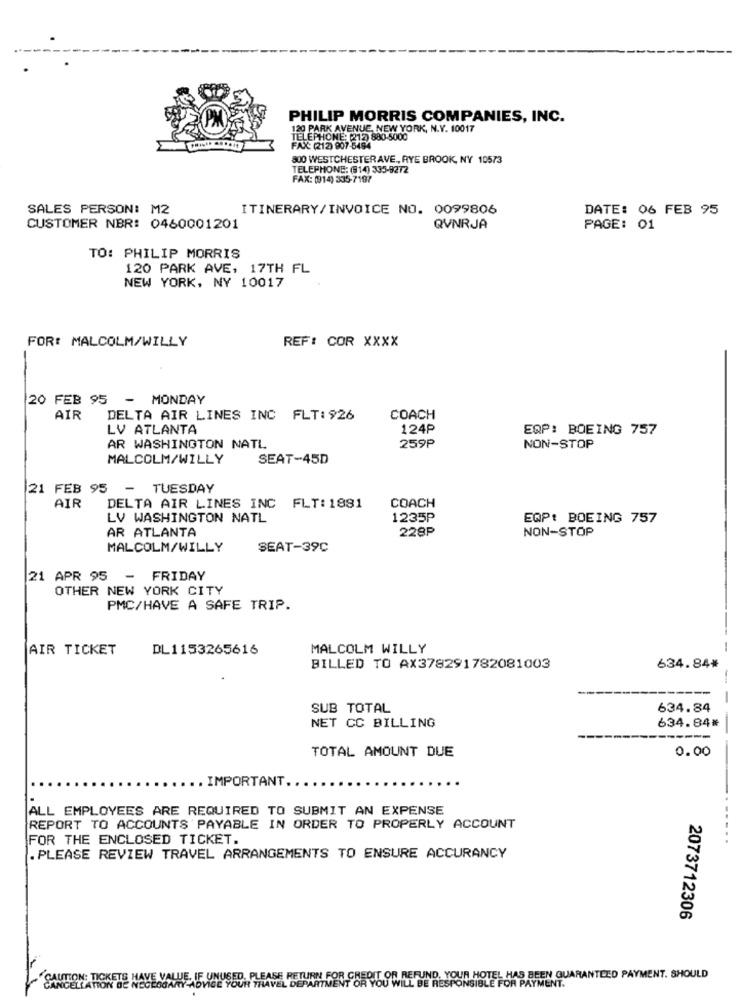
PHILIP MORRIS COMPANIES, INC.
120 PARK AVENUE, NEW YORK, N.Y. 10017
TELEPHONE: (212) 880-5000
FAX: (212) 907-5494
800 WESTCHESTERAVE ., RYE BROOK, NY 10573
TELEPHONE: (914) 335-9272
FAX: (914) 335-7197
SALES PERSON: M2
ITINERARY/INVOICE NO. 0099806
DATE: 06 FEB 95
CUSTOMER NBR: 0460001201
QVNRJA
PAGE: 01
TO: PHILIP MORRIS
120 PARK AVE, 17TH FL
NEW YORK, NY 10017
FOR: MALCOLM/WILLY
REF: COR XXXX
20 FEB 95 - MONDAY
AIR
DELTA AIR LINES INC FLT: 926
COACH
LV ATLANTA
124P
EQP: BOEING 757
AR WASHINGTON NATL
259P
NON-STOP
MALCOLM/WILLY
SEAT-45D
21 FEB 95
- TUESDAY
AIR
DELTA AIR LINES INC FLT: 1981
COACH
LV WASHINGTON NATL
1235P
EQP: BOEING 757
AR ATLANTA
228P
NON-STOP
MALCOLM/WILLY
SEAT-39C
21 APR 95 - FRIDAY
OTHER NEW YORK CITY
PMC/HAVE A SAFE TRIP.
AIR TICKET
DL1153265616
MALCOLM WILLY
BILLED TO AX378291782081003
634.84*
SUB TOTAL
634.84
NET CC BILLING
634.84*
TOTAL AMOUNT DUE
0.00
. IMPORTANT.
ALL EMPLOYEES ARE REQUIRED TO SUBMIT AN EXPENSE
REPORT TO ACCOUNTS PAYABLE IN ORDER TO PROPERLY ACCOUNT
FOR THE ENCLOSED TICKET.
.PLEASE REVIEW TRAVEL ARRANGEMENTS TO ENSURE ACCURANCY
2073712306
CAUTION: TICKETS HAVE VALUE. IF UNUSED, PLEASE RETURN FOR CREDIT OR REFUND. YOUR HOTEL HAS BEEN GUARANTEED PAYMENT. SHOULD
CANCELLATION DE NEGEOGA
TY-ADVICE YOUR TRAVEL DEPARTMENT OR YOU WILL BE RESPONSIBLE FOR PAYMENT.